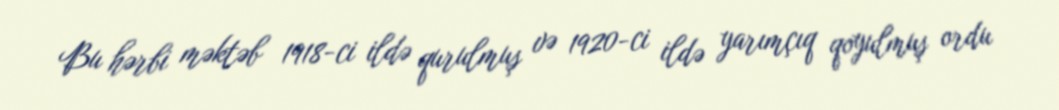
Bu hərbi məktəb 1918-ci ildə qurulmuş və 1920-ci ildə yarımçıq qoyulmuş ordu